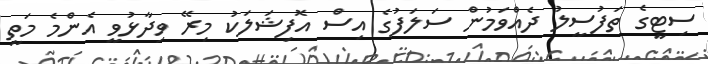
ސިޓީގެ ތަފުސީލު ދެއްވަމުން ސަލަފުގެ އިސް އޮފިޝަލަކު މިރޭ ވިދާޅުވީ އެންމެ މަތީ